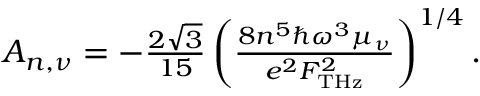
\begin{array} { r } { A _ { n , \nu } = - \frac { 2 \sqrt { 3 } } { 1 5 } \left( \frac { 8 n ^ { 5 } \hbar \omega ^ { 3 } \mu _ { \nu } } { e ^ { 2 } F _ { \mathrm { T H z } } ^ { 2 } } \right) ^ { 1 / 4 } . } \end{array}